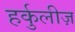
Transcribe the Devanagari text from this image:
हर्कुलीज़